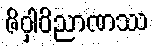
ဇိဝှါဝိညာဏဿ